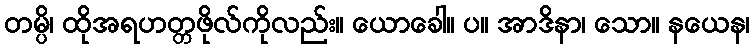
တမ္ပိ၊ ထိုအရဟတ္တဖိုလ်ကိုလည်း။ ယောခေါ။ ပ။ အာဒိနာ၊ သော။ နယေန၊